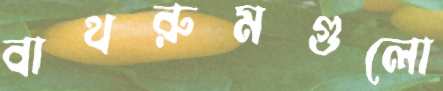
বাথরুমগুলো